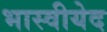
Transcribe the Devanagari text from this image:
भास्वीयेद